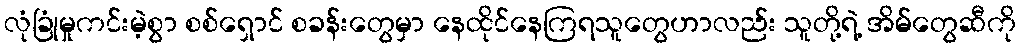
လုံခြုံမှုကင်းမဲ့စွာ စစ်ရှောင် စခန်းတွေမှာ နေထိုင်နေကြရသူတွေဟာလည်း သူတို့ရဲ့ အိမ်တွေဆီကို